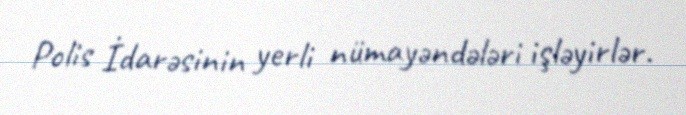
Polis İdarəsinin yerli nümayəndələri işləyirlər.